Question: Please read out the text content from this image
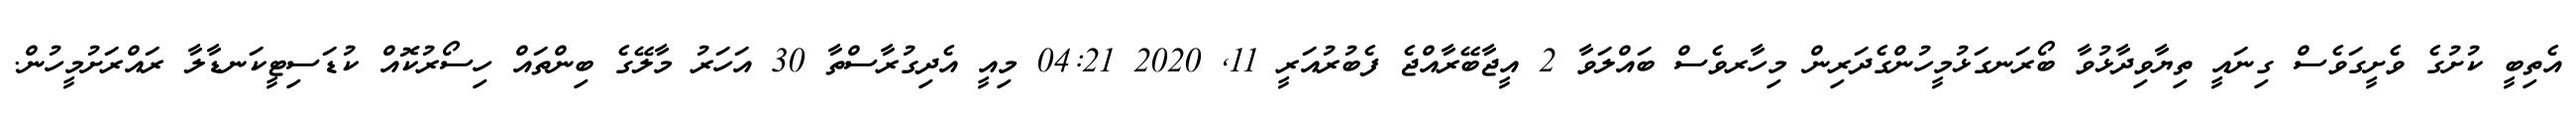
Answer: އެތިބީ ކުށުގެ ވެށީގަވެސް ގިނައީ ތިޔާވިދާޅުވާ ބޯރަނގަޅުމީހުންގެދަރިން މިހާރވެސް ބައްލަވާ 2 އީޖާބޭރާއްޖެ ފެބުރުއަރީ 11, 2020 04:21 މިއީ އެދިގުރާސްތާ 30 އަހަރު މާލޭގެ ބިންތައް ހިސޯރުކޮއް ކުޑަސިޓީކަނޑާލާ ރައްރަށުމީހުން.